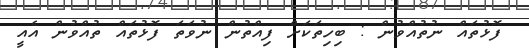
ފޮޅުތައް ނުތުއްވުން : ބިހިތަކަށް ފިއްތުން ނުވަތަ ފޮޅުތައް ތުއްވުން އެއީ